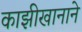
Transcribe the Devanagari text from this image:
काझीखानाने